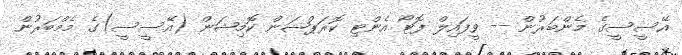
އޭސީސީގެ މެންބަރުން -- ވީފައިލް ފޮޓޯ އެންޓި ކޮރަޕްޝަން ކޮމިޝަން (އޭސީސީ)ގެ މެމްބަރުން